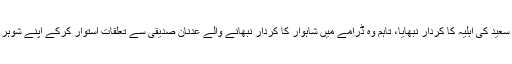
اس ڈرامے میں عائزہ خان نے ہمایوں سعید کی اہلیہ کا کردار نبھایا، تاہم وہ ڈرامے میں شاہوار کا کردار نبھانے والے عدنان صدیقی سے تعلقات استوار کرکے اپنے شوہر اور بیٹے کو چھوڑ کر چلی جاتی ہیں۔